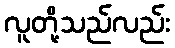
လူတို့သည်လည်း